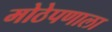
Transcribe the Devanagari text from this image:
मोठेपणाला